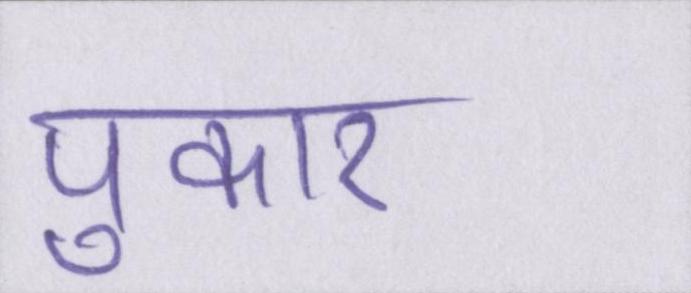
पुकार